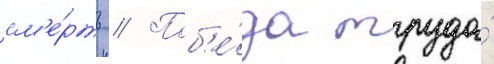
см'е́рть // Поб'е́да труда́